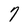
Character: 7